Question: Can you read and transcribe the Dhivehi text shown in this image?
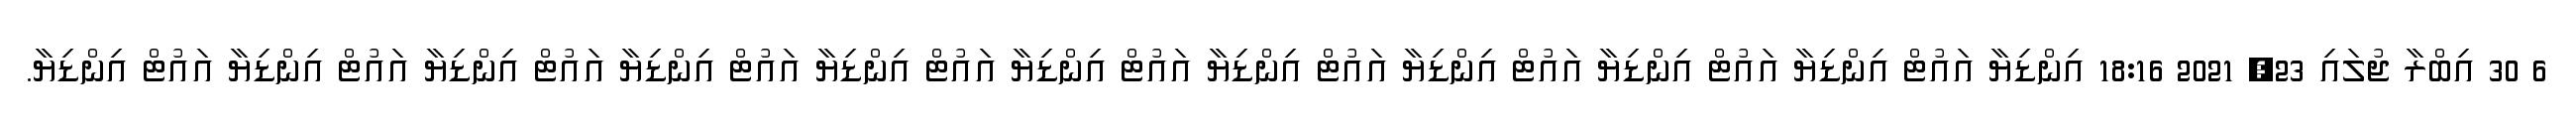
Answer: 6 30 އިބްރާ ޖުލައި 23, 2021 18:16 އިންޑިޔާ އައުޓް އިންޑިޔާ އައުޓް އިންޑިޔާ އައުޓް އިންޑިޔާ އައުޓް އިންޑިޔާ އައުޓް އިންޑިޔާ އައުޓް އިންޑިޔާ އައުޓް އިންޑިޔާ އައުޓް އިންޑިޔާ އައުޓް އިންޑިޔާ އައުޓް އިންޑިޔާ.